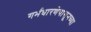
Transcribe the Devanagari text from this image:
गर्भधारणेपासूनच्या